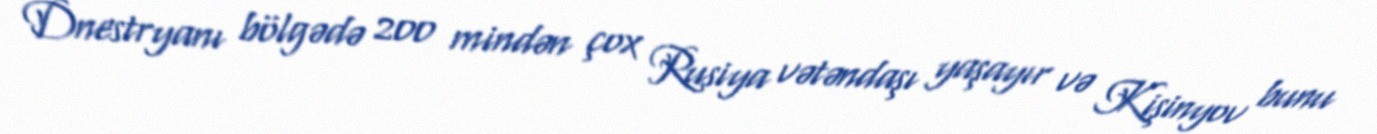
Dnestryanı bölgədə 200 mindən çox Rusiya vətəndaşı yaşayır və Kişinyov bunu